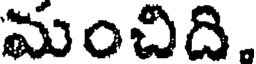
మంచిది.